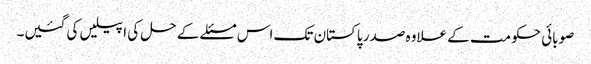
صوبائی حکومت کے علاوہ صدر پاکستان تک اس مسئلے کے حل کی اپیلیں کی گئیں۔